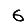
Digit: 6